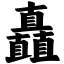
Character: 矗